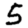
Digit: 5